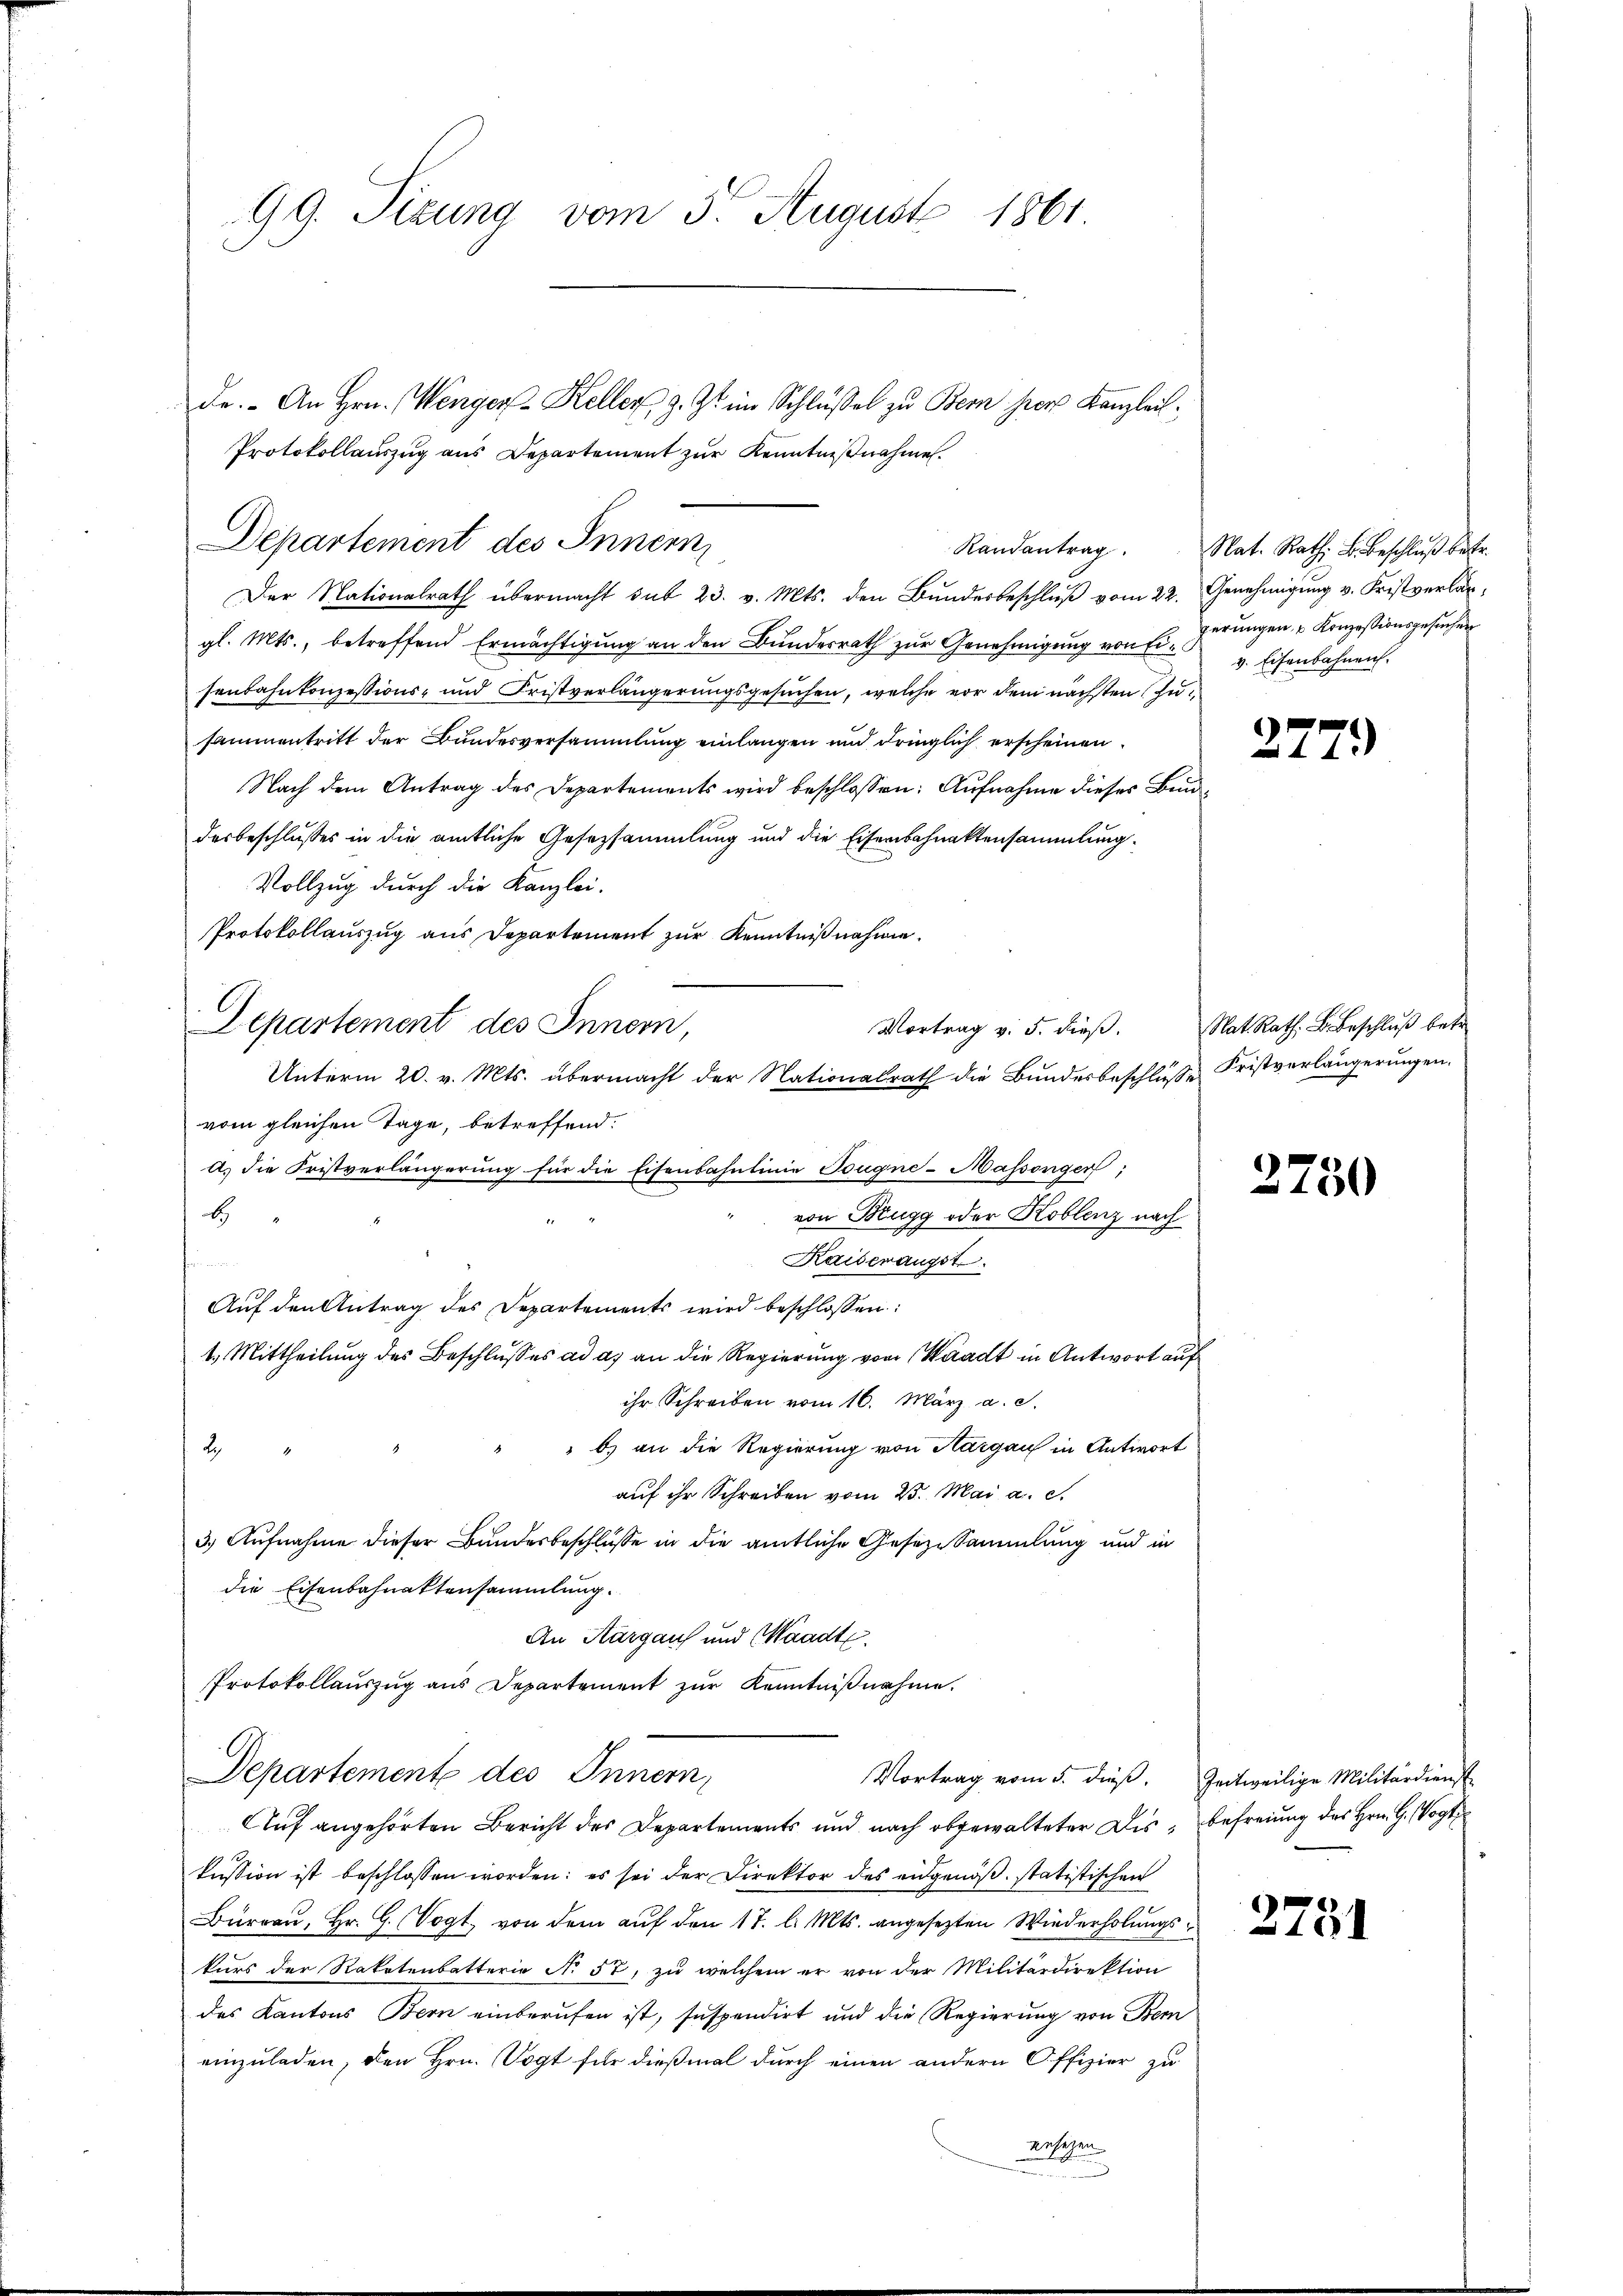
99. Sizung vom 3. August 1861

Randantrag
Der Nationalrath übermacht sub 23. v. Mts. den Bundesbeschluß vom 22. Genehmigung v. Fristverlan¬

Departement des Innern,

Departement des Innern
gl. Mts., betreffend Ermächtigŭng an den Bŭndesrath zŭr Genehmigŭng von Eiferŭngen u Konzessionsgesuchen
senbahnkonzessions- und Fristverlängerungsgesuchen, welche vor dem nächsten zusammentritt der Bundesversammlung einlangen und dringlich erscheinen.
Nach dem Antrag des Departements wird beschlossen: Aŭfnahme dieses Bundesbeschlusses in die amtliche Gesezsammlung und die Eisenbahnaktensammlung.
Vollzug durch die Kanzlei-
Protokollauszug aus Departement zur Kenntnißnahme.
vom gleichen Tage, betreffend.
a.) die Fristverlängerung für die Eisenbahnlinie Tougne-Massenger;
E
Kaiserangst

Auf den Antrag des Departements wird beschlossen:
1. Mittheilung des Beschlusses ad as an die Regierung von Waadt in Antwort auf
ihr Schreiben vom 16. März a. c.
" b) an die Regierung von Aargau in Antwort
2
auf ihr Schreiben vom 25. Mai a. c.
3.) Aufnahme dieser Bandesbeschlüsse in die amtliche Gesezesammlung und in
die Eisenbahnaktensammlung.
An Aargaus und Waadt.
Protokollauszug aus Departement zŭr Kenntnißnahme.
Departemente des Innern,
Vortrag vom 5. dieß. Zeitweilige Militärdienst
Auf angehörten Bericht des Departements und nach abgewalteter Dis- Befreiung des Hrn. G. Vogt
kussion ist beschlossen worden: es sei der Direktor des eidgenöß. statistischen
Büreau, Hr. G. Vogt von dem auf den 17. l. Mts. angesezten Wiederholungskurs der Raketenbatterie No 57, zu welchem er von der Militärdirektion
des Kantons Bern einberufen ist, suspendirt und die Regierung von Bern
einzuladen, den Hrn. Vogt für dießmal durch einen andern Offizier zu
ansagen

de. An Hrn. Wenger- Keller, z. Zt. im Schlüssel zu Bern herr Kanzlei:
Protokollauszug aus Departement zur Kenntnißnahme.

Vortrag v. 5. dieß.
Unterm 20. v. Mts. übermacht der Nationalrath die Bundesbeschluße Fristverlängerungen.
von Brugg oder Koblenz nach

Nat. Rath. L. Beschluß betr.
v. Eisenbahnen.

2779

Nat Rath. B. Beschluß betr

3750

.
10